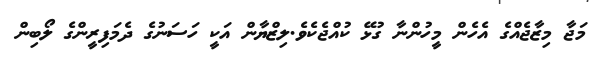
މަޖާ މިޒާޖެއްގެ އެހެން މީހުުންނާ ގުޅޭ ކުއްޖެކެވެ.ލިޒްޔާން އަކީ ހަސަނުގެ ދެމަފިރީންގެ ލޯބިން